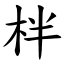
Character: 柈